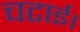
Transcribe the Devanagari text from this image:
चटाई।